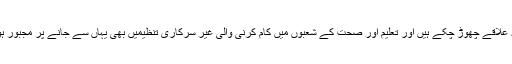
اساتذہ یہ علاقے چھوڑ چکے ہیں اور تعلیم اور صحت کے شعبوں میں کام کرنی والی غیر سرکاری تنظیمیں بھی یہاں سے جانے پر مجبور ہوئی ہیں۔